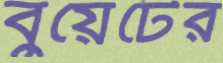
বুয়েটের